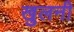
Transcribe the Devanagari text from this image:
खुलनी